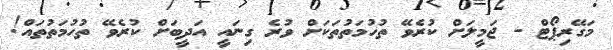
މަގޭރިޕޯޓް - ޖަމީލަށް ކުރެވޭ ތުހުމަތުތަކަށް ވުރެ ގިނައީ އަދީބަށް ކުރެވޭ ތުހުމަތުތައް!